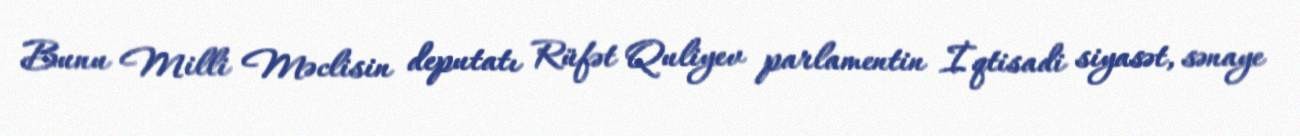
Bunu Milli Məclisin deputatı Rüfət Quliyev parlamentin İqtisadi siyasət, sənaye